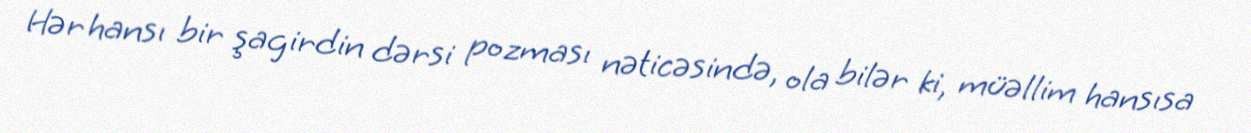
Hər hansı bir şagirdin dərsi pozması nəticəsində, ola bilər ki, müəllim hansısa